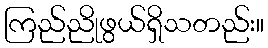
ကြည်ညိုဖွယ်ရှိသတည်း။